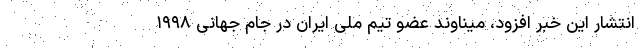
انتشار این خبر افزود، میناوند عضو تیم ملی ایران در جام جهانی ۱۹۹۸